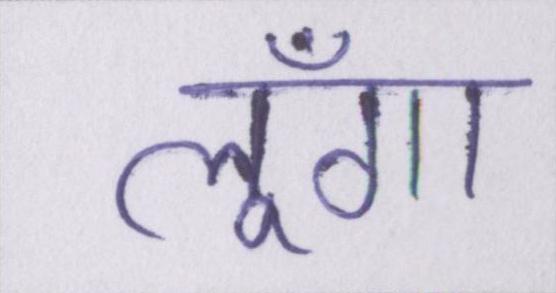
लूँगा